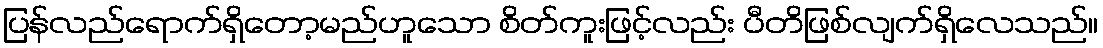
ပြန်လည်ရောက်ရှိတော့မည်ဟူသော စိတ်ကူးဖြင့်လည်း ပီတိဖြစ်လျက်ရှိလေသည်။